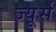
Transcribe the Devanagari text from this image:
ज्यूर्स